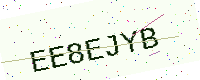
Text: EE8EJYB